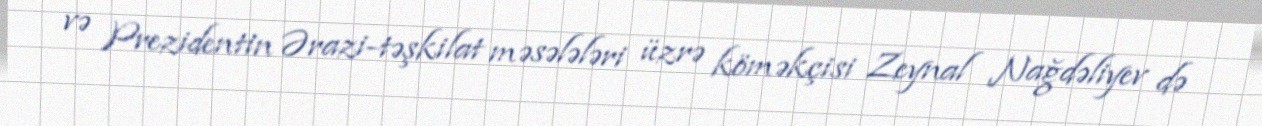
və Prezidentin Ərazi-təşkilat məsələləri üzrə köməkçisi Zeynal Nağdəliyev də